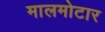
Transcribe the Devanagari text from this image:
मालमोटार